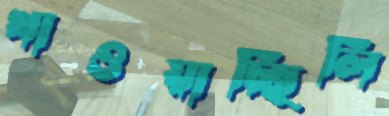
খাওয়াচ্ছিলি